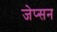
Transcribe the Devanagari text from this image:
जेप्सन